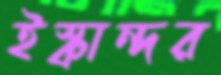
ইস্কান্দর